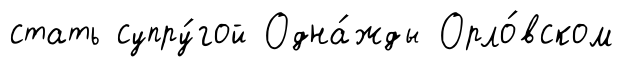
стать супру́гой Одна́жды Орло́вском